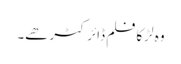
وہ لڑکا فلم ڈائرکٹر ھے۔